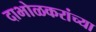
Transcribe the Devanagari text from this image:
दाभोळकरांच्या